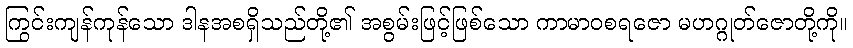
ကြွင်းကျန်ကုန်သော ဒါနအစရှိသည်တို့၏ အစွမ်းဖြင့်ဖြစ်သော ကာမာဝစရဇော မဟဂ္ဂုတ်ဇောတို့ကို။